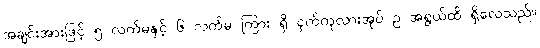
အချင်းအားဖြင့် ၅ လက်မနှင့် ၆ လက်မ ကြား ရှိ ငှက်ကုလားအုပ် ဥ အရွယ်ထိ ရှိလေသည်။